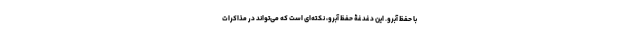
با حفظ آبرو. این دغدغۀ حفظ آبرو، نکته‌ای است که می‌تواند در مذاکرات